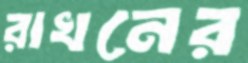
রাখনের